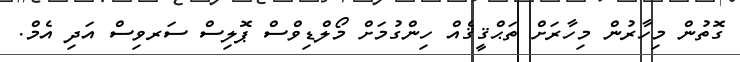
ގޮތުން މިހާރުން މިހާރަށް ތަޙްޤީޤެއް ހިންގުމަށް މޯލްޑިވްސް ޕޮލިސް ސަރވިސް އަދި އެމް.